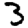
Digit: 3